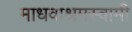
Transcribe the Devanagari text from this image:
माधवाश्रमस्वामी